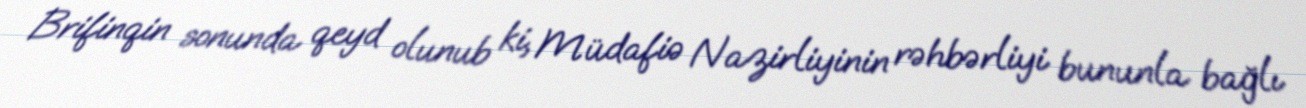
Brifinqin sonunda qeyd olunub ki, Müdafiə Nazirliyinin rəhbərliyi bununla bağlı